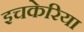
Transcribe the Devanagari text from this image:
इचकेरिया